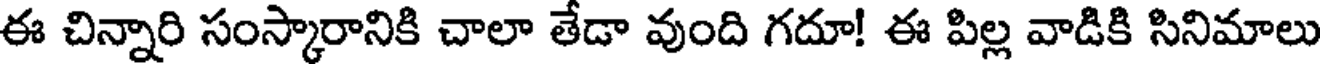
ఈ చిన్నారి సంస్కారానికి చాలా తేడా వుంది గదూ! ఈ పిల్ల వాడికి సినిమాలు